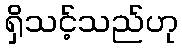
ရှိသင့်သည်ဟု